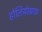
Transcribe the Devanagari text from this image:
होलियोग्राफ